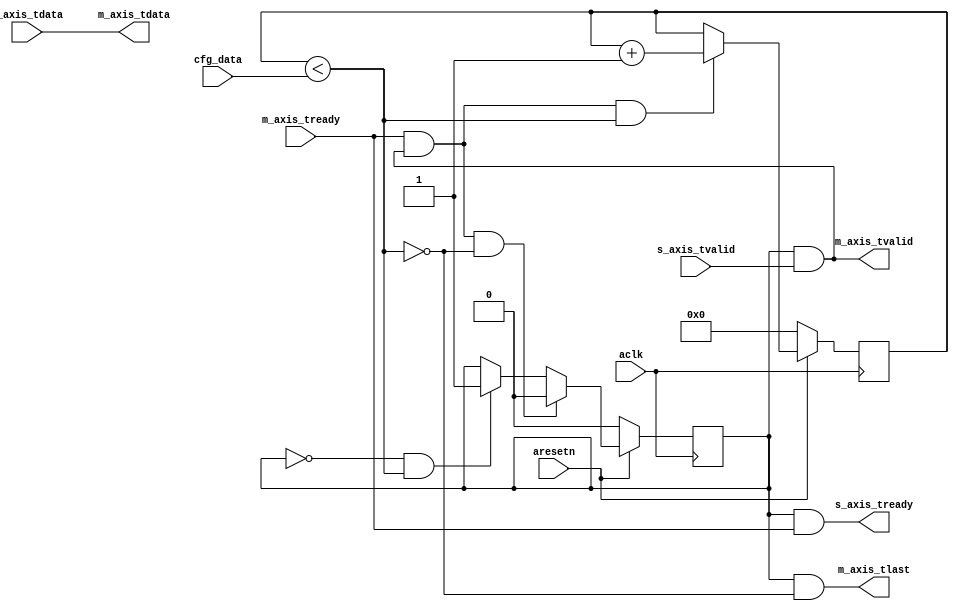
module axis_packetizer #
(
  parameter integer AXIS_TDATA_WIDTH = 32,
  parameter integer CNTR_WIDTH = 32,
  parameter         CONTINUOUS = "FALSE",
  parameter         ALWAYS_READY = "FALSE"
)
(
  // System signals
  input  wire                        aclk,
  input  wire                        aresetn,

  input  wire [CNTR_WIDTH-1:0]       cfg_data,

  // Slave side
  output wire                        s_axis_tready,
  input  wire [AXIS_TDATA_WIDTH-1:0] s_axis_tdata,
  input  wire                        s_axis_tvalid,

  // Master side
  input  wire                        m_axis_tready,
  output wire [AXIS_TDATA_WIDTH-1:0] m_axis_tdata,
  output wire                        m_axis_tvalid,
  output wire                        m_axis_tlast
);

  reg [CNTR_WIDTH-1:0] int_cntr_reg, int_cntr_next;
  reg int_enbl_reg, int_enbl_next;

  wire int_comp_wire, int_tvalid_wire, int_tlast_wire;

  always @(posedge aclk)
  begin
    if(~aresetn)
    begin
      int_cntr_reg <= {(CNTR_WIDTH){1'b0}};
      int_enbl_reg <= 1'b0;
    end
    else
    begin
      int_cntr_reg <= int_cntr_next;
      int_enbl_reg <= int_enbl_next;
    end
  end

  assign int_comp_wire = int_cntr_reg < cfg_data;
  assign int_tvalid_wire = int_enbl_reg & s_axis_tvalid;
  assign int_tlast_wire = ~int_comp_wire;

  generate
    if(CONTINUOUS == "TRUE")
    begin : CONTINUOUS
      always @*
      begin
        int_cntr_next = int_cntr_reg;
        int_enbl_next = int_enbl_reg;

        if(~int_enbl_reg & int_comp_wire)
        begin
          int_enbl_next = 1'b1;
        end

        if(m_axis_tready & int_tvalid_wire & int_comp_wire)
        begin
          int_cntr_next = int_cntr_reg + 1'b1;
        end

        if(m_axis_tready & int_tvalid_wire & int_tlast_wire)
        begin
          int_cntr_next = {(CNTR_WIDTH){1'b0}};
        end
      end
    end
    else
    begin : STOP
      always @*
      begin
        int_cntr_next = int_cntr_reg;
        int_enbl_next = int_enbl_reg;

        if(~int_enbl_reg & int_comp_wire)
        begin
          int_enbl_next = 1'b1;
        end

        if(m_axis_tready & int_tvalid_wire & int_comp_wire)
        begin
          int_cntr_next = int_cntr_reg + 1'b1;
        end

        if(m_axis_tready & int_tvalid_wire & int_tlast_wire)
        begin
          int_enbl_next = 1'b0;
        end
      end
    end
  endgenerate

  generate
    if(ALWAYS_READY == "TRUE")
    begin : READY
      assign s_axis_tready = 1'b1;
    end
    else
    begin : BLOCKING
      assign s_axis_tready = int_enbl_reg & m_axis_tready;
    end
  endgenerate

  assign m_axis_tdata = s_axis_tdata;
  assign m_axis_tvalid = int_tvalid_wire;
  assign m_axis_tlast = int_enbl_reg & int_tlast_wire;

endmodule